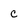
Character: c